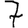
Digit: 7